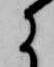
に